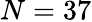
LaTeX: N=37